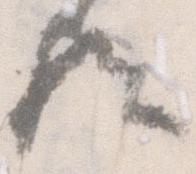
歟